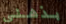
بذهني